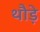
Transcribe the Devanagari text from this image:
थौड़े